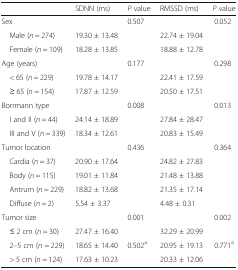
<table><thead><tr><td></td><td><b>SDNN (ms)</b></td><td><b><i>P</i> value</b></td><td><b>RMSSD (ms)</b></td><td><b><i>P</i> value</b></td></tr></thead><tbody><tr><td>Sex</td><td></td><td>0.507</td><td></td><td>0.052</td></tr><tr><td> Male (<i>n</i> = 274)</td><td>19.30 ± 13.48</td><td></td><td>22.74 ± 19.04</td><td></td></tr><tr><td> Female (<i>n</i> = 109)</td><td>18.28 ± 13.85</td><td></td><td>18.88 ± 12.78</td><td></td></tr><tr><td>Age (years)</td><td></td><td>0.177</td><td></td><td>0.298</td></tr><tr><td> &lt; 65 (<i>n</i> = 229)</td><td>19.78 ± 14.17</td><td></td><td>22.41 ± 17.59</td><td></td></tr><tr><td> ≥ 65 (<i>n</i> = 154)</td><td>17.87 ± 12.59</td><td></td><td>20.50 ± 17.51</td><td></td></tr><tr><td>Borrmann type</td><td></td><td>0.008</td><td></td><td>0.013</td></tr><tr><td> I and II (<i>n</i> = 44)</td><td>24.14 ± 18.89</td><td></td><td>27.84 ± 28.47</td><td></td></tr><tr><td> III and V (<i>n</i> = 339)</td><td>18.34 ± 12.61</td><td></td><td>20.83 ± 15.49</td><td></td></tr><tr><td>Tumor location</td><td></td><td>0.436</td><td></td><td>0.364</td></tr><tr><td> Cardia (<i>n</i> = 37)</td><td>20.90 ± 17.64</td><td></td><td>24.82 ± 27.83</td><td></td></tr><tr><td> Body (<i>n</i> = 115)</td><td>19.01 ± 11.84</td><td></td><td>21.48 ± 13.88</td><td></td></tr><tr><td> Antrum (<i>n</i> = 229)</td><td>18.82 ± 13.68</td><td></td><td>21.35 ± 17.14</td><td></td></tr><tr><td> Diffuse (<i>n</i> = 2)</td><td>5.54 ± 3.37</td><td></td><td>4.48 ± 0.31</td><td></td></tr><tr><td>Tumor size</td><td></td><td>0.001</td><td></td><td>0.002</td></tr><tr><td> ≤ 2 cm (<i>n</i> = 30)</td><td>27.47 ± 16.40</td><td></td><td>32.29 ± 20.99</td><td></td></tr><tr><td> 2–5 cm (<i>n</i> = 229)</td><td>18.65 ± 14.40</td><td>0.502<sup>a</sup></td><td>20.95 ± 19.13</td><td>0.771<sup>a</sup></td></tr><tr><td> &gt; 5 cm (<i>n</i> = 124)</td><td>17.63 ± 10.23</td><td></td><td>20.33 ± 12.06</td><td></td></tr></tbody></table>